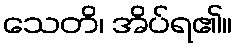
သေတိ၊ အိပ်ရ၏။